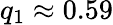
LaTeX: q_{1}\approx 0.59